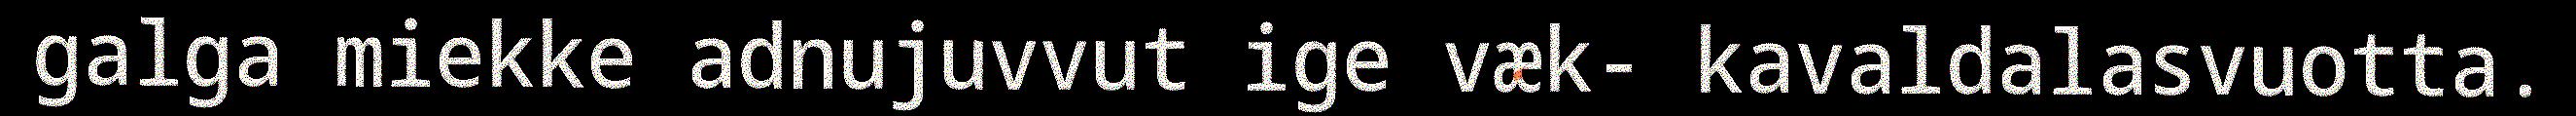
galga miekke adnujuvvut ige væk- kavaldalasvuotta.